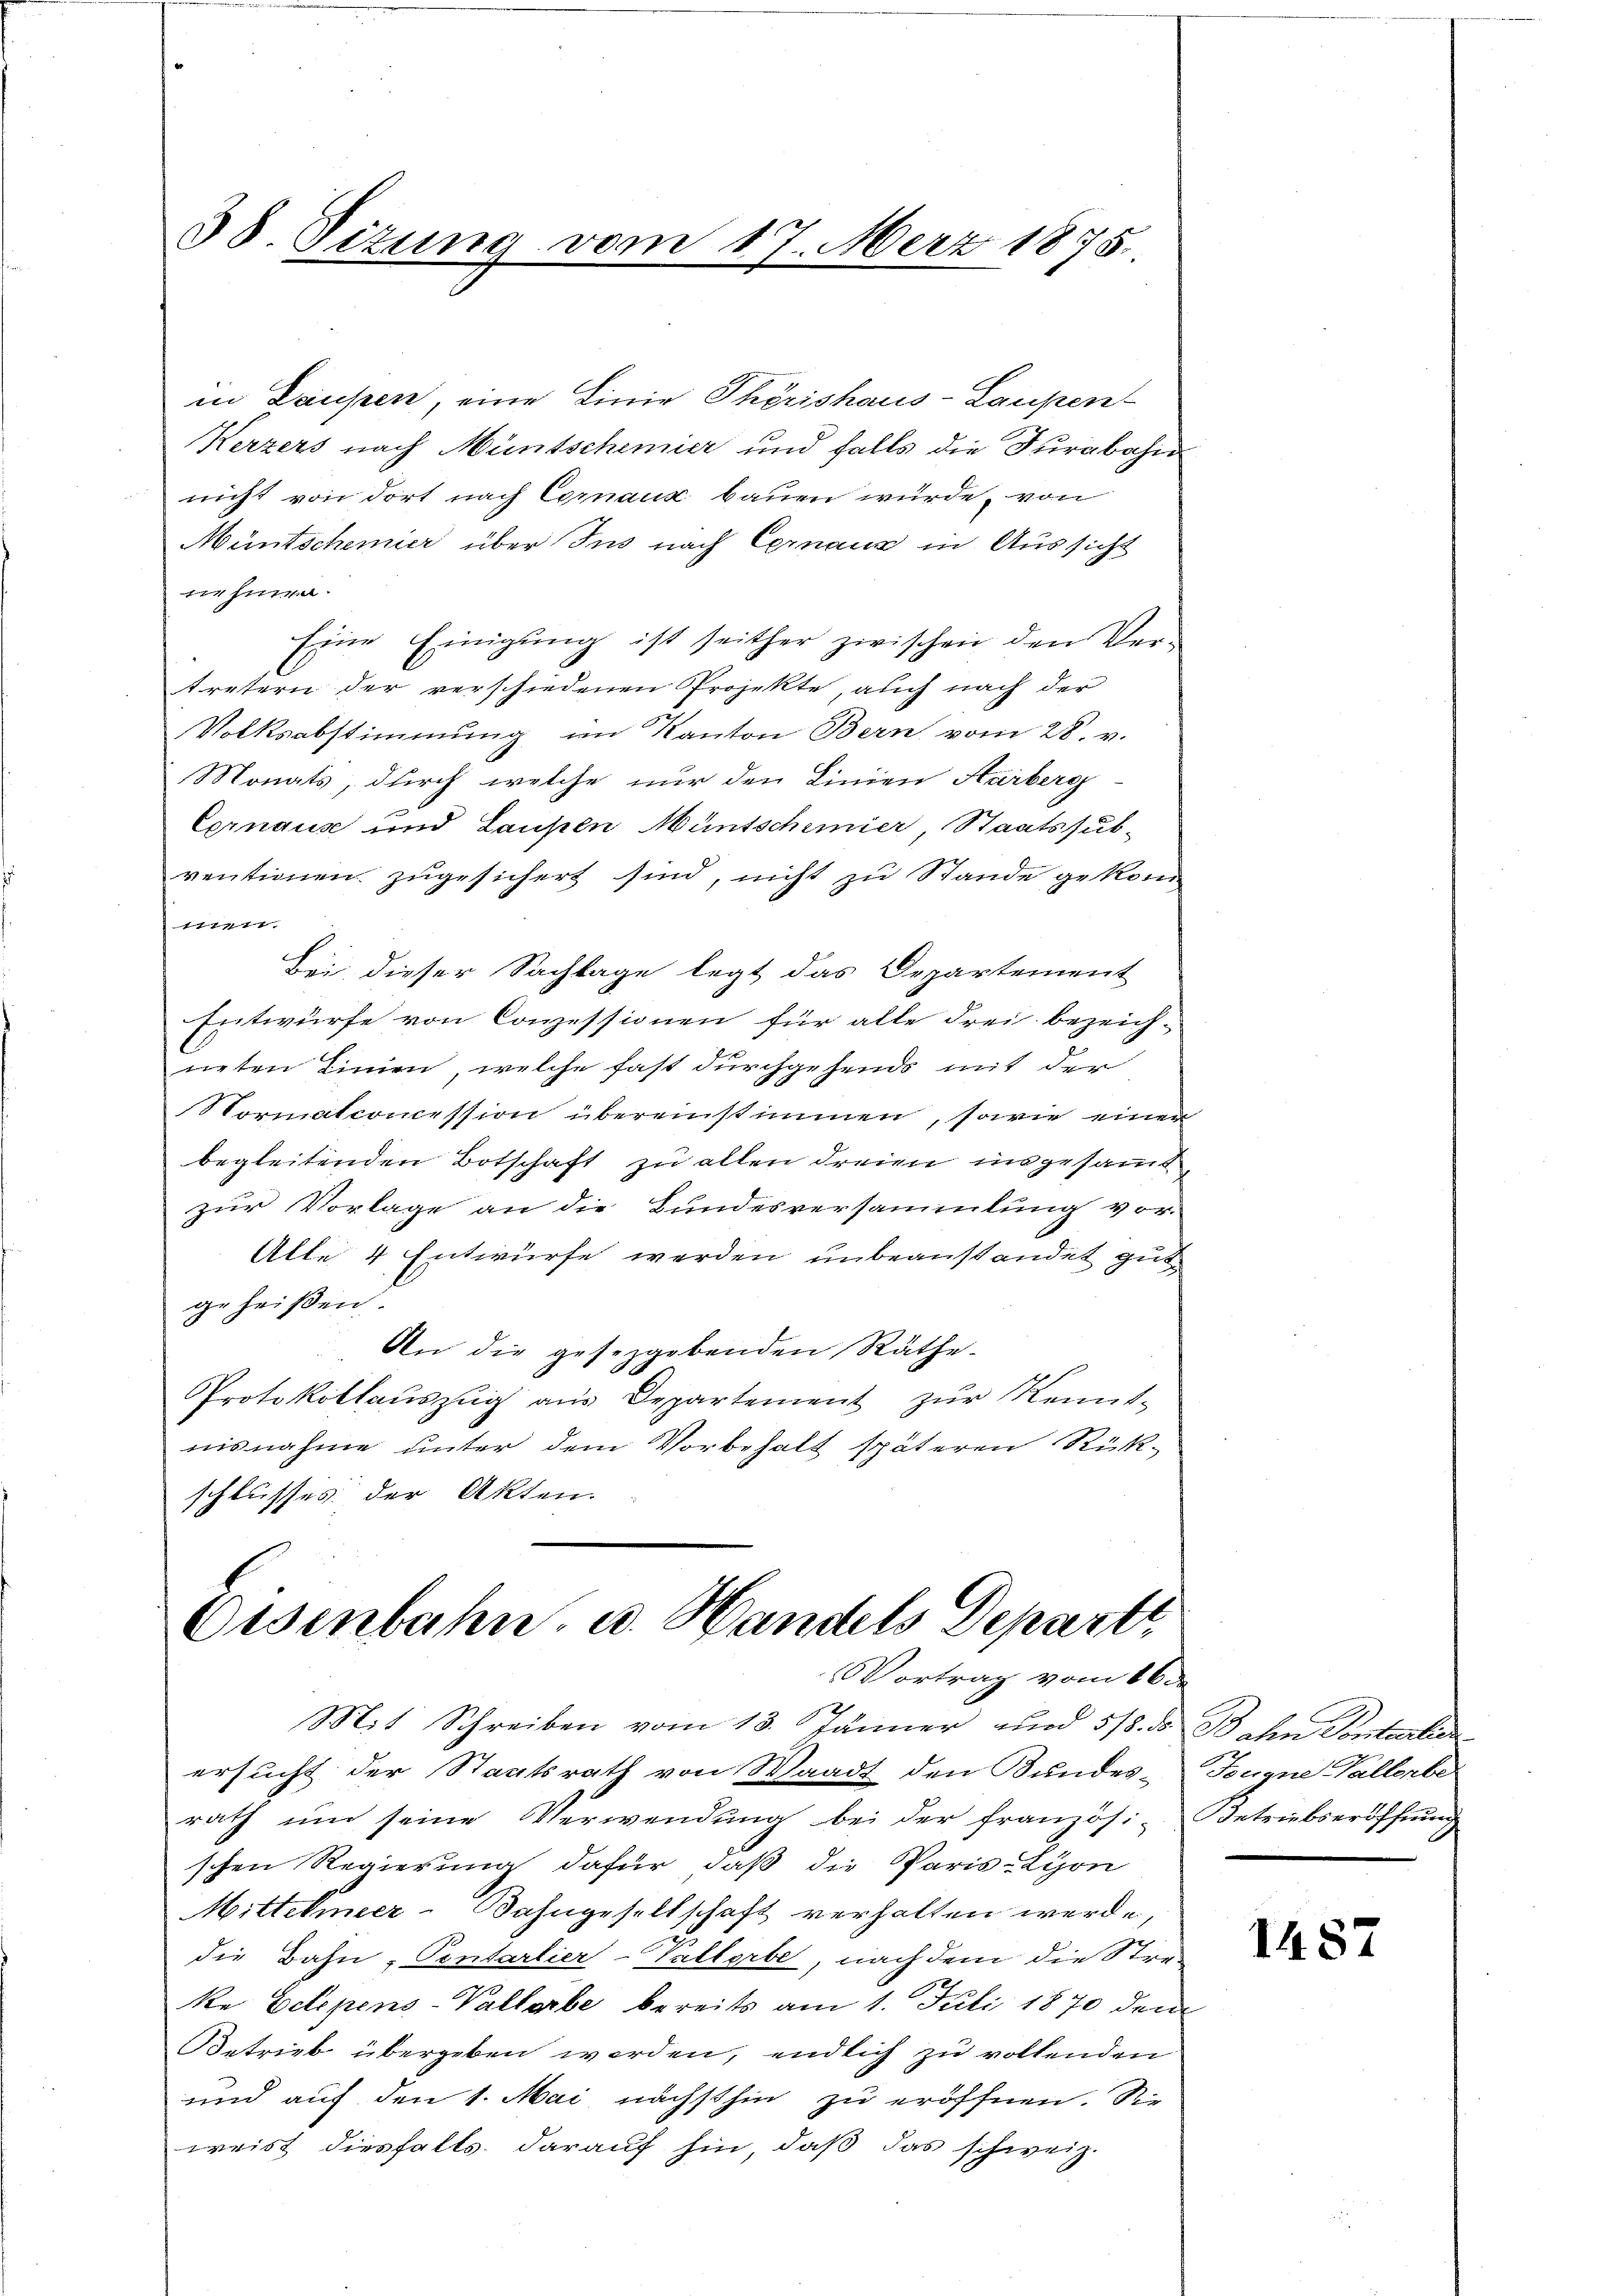
38. Sizung vom 17. März 1875.

in Hausen, eine Linie Thörishaus-Laupen
Kerzers nach Müntschemier und falls die Jurabahn
nicht von dort nach Comaux bauen würde, von
Müntschemier über Ins nach Cernaux in Aussicht
nehmen.
Eine Einigung ist seither zwischen den Vertretern der verschiedenen Projekte, auch nach der
Volksabstimmung im Kanton Bern vom 28. v.
Monats, durch welche nur den Linien Aarberg-
Cernause und Laupen Müntschimier, Staatssub-
ventionen zugesichert sind, nicht zu Stande gekom
1111
Bei dieser Sachlage legt das Departement
Entwürfe von Conzessionen für alle Frei bezeich-
neten Linien, welche fast durchgehends mit der
Normatconcession übereinstimmen, sowie einer
begleitenden Botschaft zu allen dreien insgesammt
zur Vorlage an die Bundesversammlung vor-
Alle 4 Entwürfe werden unbeanstandet gut
geheißen.
An die gesetzgebenden Räthe
Protokollaŭszŭg aŭs Departement zŭr Kennt-
nisnahme unter dem Vorbehalt späteren Rück-
schlusses der Akten.

Eisenbahn, u. Handels Departi
Vortrag vom 16.

Mit Schreiben vom 13. Jänner nur 5/8. d. Bahn Kontreten
ersucht der Staatsrath von Waadt den Bundes-
rath um seine Verwendung bei der französi-Betriebseröffnung
schen Regierung dafür, daß die Paris-Lion
Mittelmeer-Bahngesellschaft verhalten werde,
die Bahn- Pontarlier-Pallerbe, nach dem die Streke Eetepens-Vallerbe bereits am 1. Juli 1870 dem
Betrieb übergeben werden, endlich zu vollenden
und auf den 1. Mai nächsthin zu eröffnen. Sie
weist diesfalls darauf hin, daß das schweiz.

Zugne Gallerbe

1487